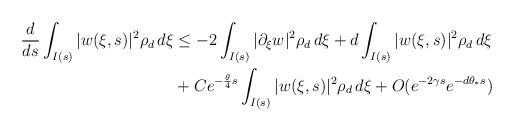
LaTeX: \begin{align*}\frac{d}{ds}\int_{I(s)}|w(\xi,s)|^2\rho_d\,d\xi & \le-2\int_{I(s)}|\partial_\xi w|^2\rho_d\,d\xi+d\int_{I(s)} |w(\xi,s)|^2\rho_d\,d\xi\\ & +Ce^{-\frac{\theta}{4}s}\int_{I(s)} |w(\xi,s)|^2\rho_d\,d\xi+O(e^{-2\gamma s}e^{-d\theta_*s})\end{align*}